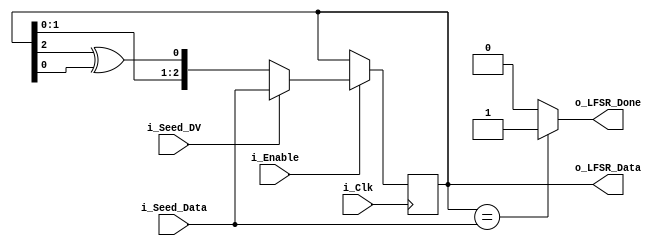
module LFSR 
(
    input i_Clk,
    input i_Enable,
    input i_Seed_DV,
    input [3-1:0] i_Seed_Data,

    output [3-1:0]o_LFSR_Data,
    output o_LFSR_Done
);
reg [3:1] r_LFSR =0;
reg              r_XOR;

always @(posedge i_Clk) 
    begin
        if(i_Enable==1'b1)
            begin
                if(i_Seed_DV==1'b1)
                r_LFSR<=i_Seed_Data;
                else
                r_LFSR<={r_LFSR[3-1:1],r_XOR};
            end
    end
    always @(*)
    begin
        r_XOR=r_LFSR[3]^r_LFSR[1];
    end
    assign o_LFSR_Data=r_LFSR[3:1];

    assign o_LFSR_Done=(r_LFSR[3:1]==i_Seed_Data)?1'b1:1'b0;
endmodule